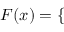
\begin{array} { r } { F ( x ) = \left\{ \begin{array} { l l } \end{array} \right. } \end{array}